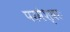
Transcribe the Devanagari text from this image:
परमेश्वरः